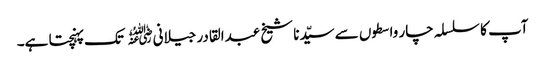
آپ کا سلسلہ چار واسطوں سے سیّدنا شیخ عبدالقادر جیلانی﷜ تک پہنچتا ہے۔